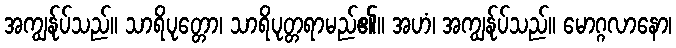
အကျွန်ုပ်သည်။ သာရိပုတ္တော၊ သာရိပုတ္တရာမည်၏။ အဟံ၊ အကျွန်ုပ်သည်။ မောဂ္ဂလာနော၊